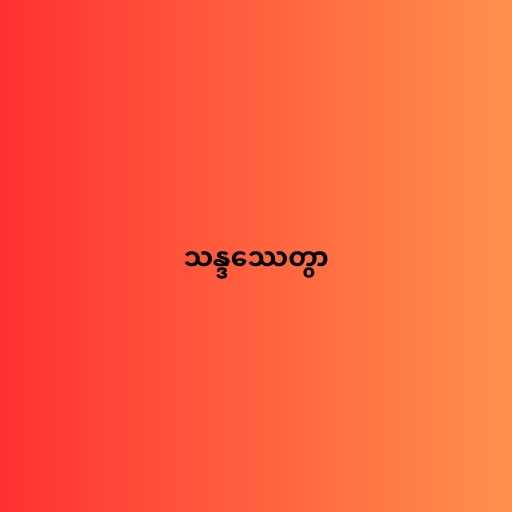
သန္ဒဿေတွာ